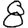
Digit: 8